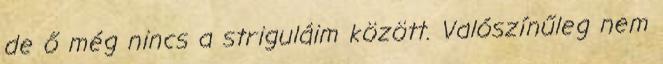
de ő még nincs a striguláim között. Valószínűleg nem